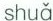
shuǎ